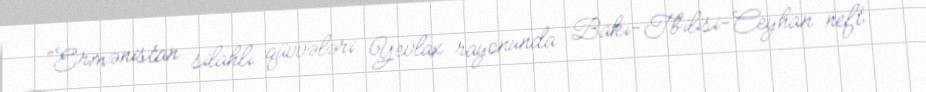
“Ermənistan silahlı qüvvələri Yevlax rayonunda Bakı-Tbilisi-Ceyhan neft